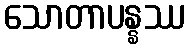
သောတာပန္နဿ